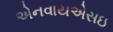
એનવાયએસઇ